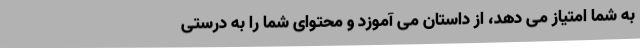
به شما امتیاز می دهد، از داستان می آموزد و محتوای شما را به درستی